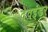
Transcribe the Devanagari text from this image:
देवइंडर